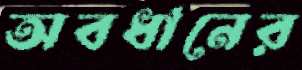
অবধানের